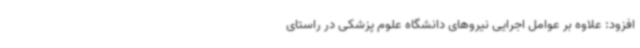
افزود: علاوه بر عوامل اجرایی نیروهای دانشگاه علوم پزشکی در راستای